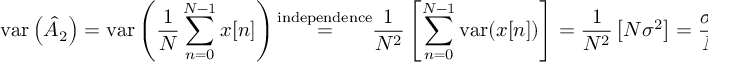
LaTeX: \mathrm { v a r } \left( { \hat { A } } _ { 2 } \right) = \mathrm { v a r } \left( { \frac { 1 } { N } } \sum _ { n = 0 } ^ { N - 1 } x [ n ] \right) { \overset { \mathrm { i n d e p e n d e n c e } } { = } } { \frac { 1 } { N ^ { 2 } } } \left[ \sum _ { n = 0 } ^ { N - 1 } \mathrm { v a r } ( x [ n ] ) \right] = { \frac { 1 } { N ^ { 2 } } } \left[ N \sigma ^ { 2 } \right] = { \frac { \sigma ^ { 2 } } { N } }